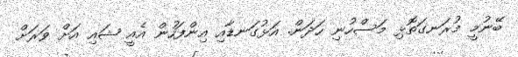
ބޭނުމީ މުރަނގަތޮޅި މަސްހުނި ހަދަން. އަޅުގަނޑާއި އިންފަހުން އެއީ ޝައި އަށް ވަރަށް